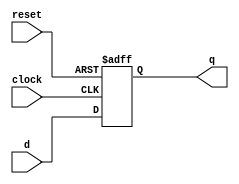
module dff_posedge(d,clock,reset,q);
input d,clock,reset;
output q;
reg q;
always @ (posedge clock or posedge reset)
begin
	q<=d;
	if(reset)
	q<=0;
end
endmodule